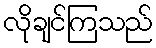
လိုချင်ကြသည်